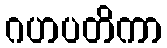
ဂဟပတိကာ